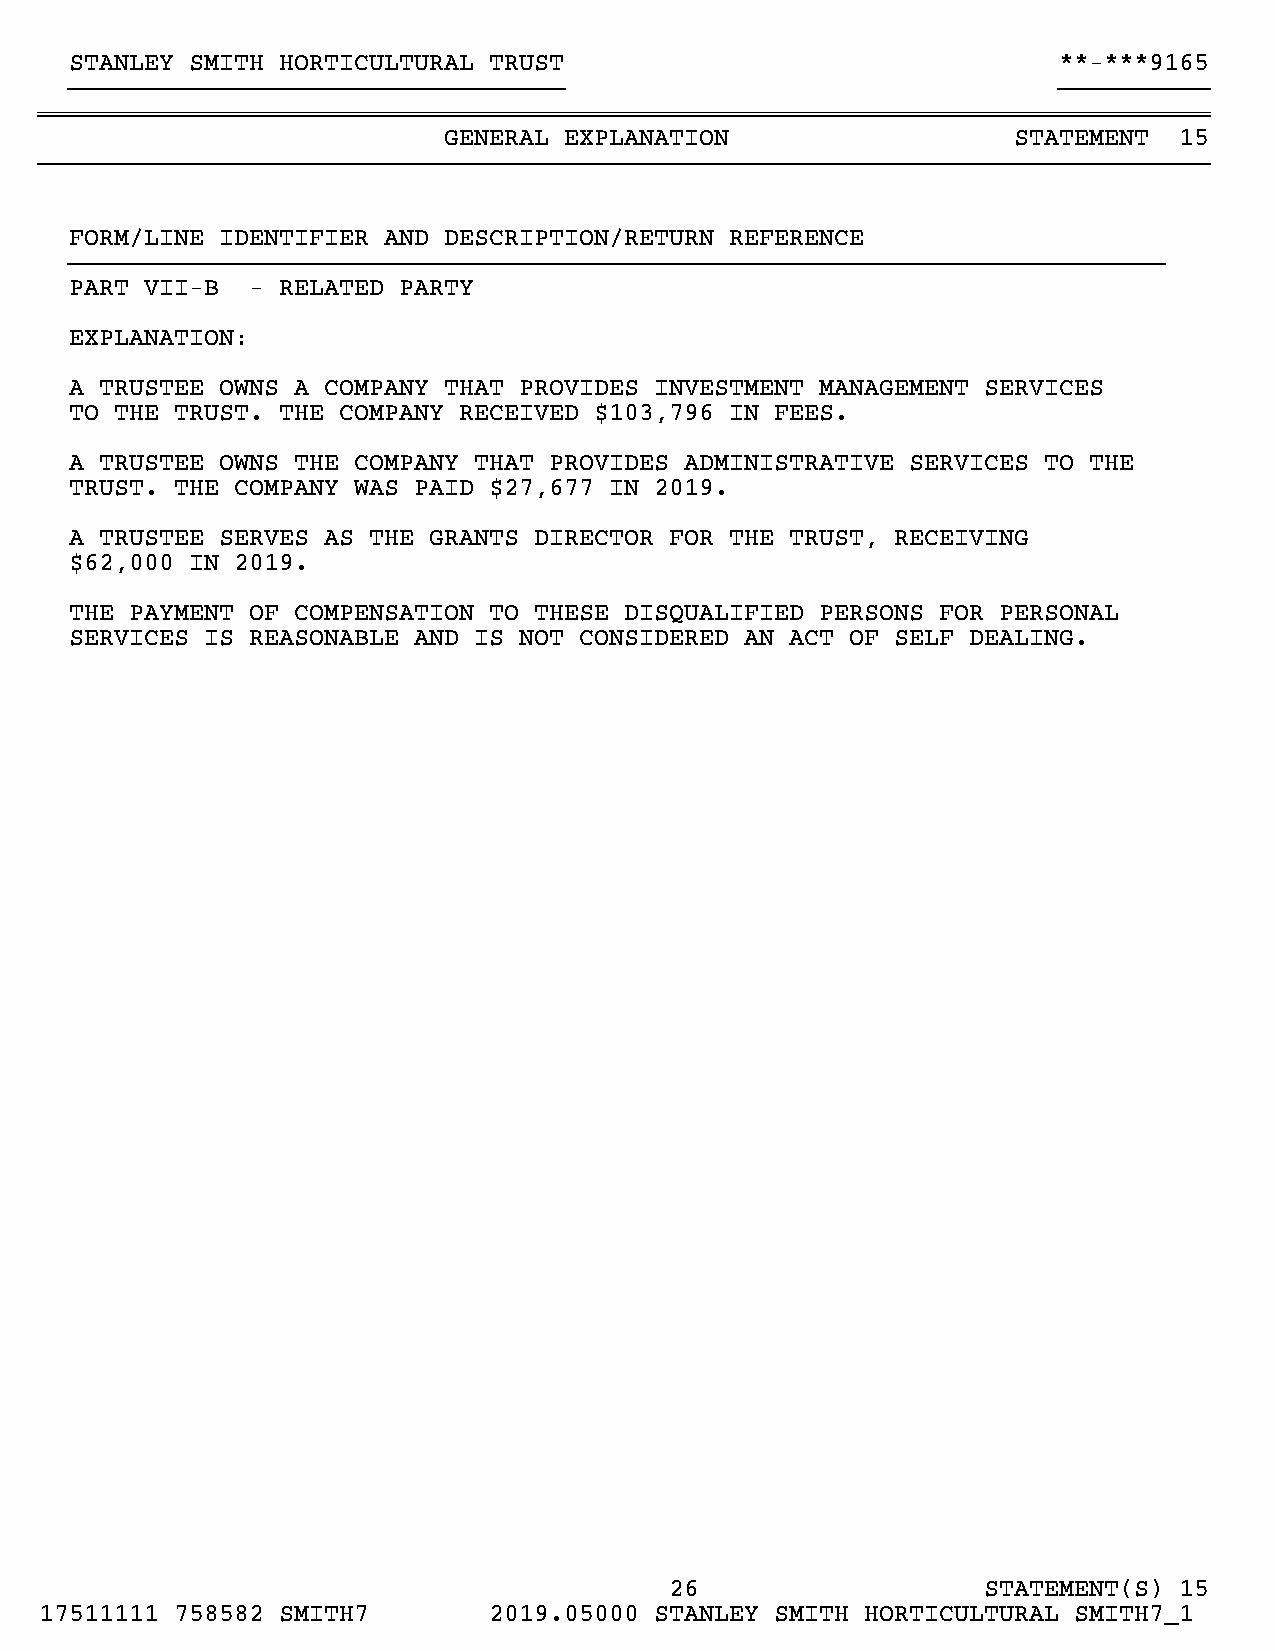
STANLEY SMITH HORTICULTURAL TRUST                                **-***9165
 }}}}}}}}}}}}}}}}}}}}}}}}}}}}}}}}}                                }}}}}}}}}}
 ~~~~~~~~~~~~~~~~~~~~~~~~~~~~~~~~~~~~~~~~~~~~~~~~~~~~~~~~~~~~~~~~~~~~~~~~~~~~~~
 GENERAL EXPLANATION                   STATEMENT  15
 }}}}}}}}}}}}}}}}}}}}}}}}}}}}}}}}}}}}}}}}}}}}}}}}}}}}}}}}}}}}}}}}}}}}}}}}}}}}}}
 FORM/LINE IDENTIFIER AND DESCRIPTION/RETURN REFERENCE
 }}}}}}}}}}}}}}}}}}}}}}}}}}}}}}}}}}}}}}}}}}}}}}}}}}}}}}}}}}}}}}}}}}}}}}}}}
 PART VII-B - RELATED PARTY
 EXPLANATION:
 A TRUSTEE OWNS A COMPANY THAT PROVIDES INVESTMENT MANAGEMENT SERVICES
 TO THE TRUST. THE COMPANY RECEIVED $103,796 IN FEES.
 A TRUSTEE OWNS THE COMPANY THAT PROVIDES ADMINISTRATIVE SERVICES TO THE
 TRUST. THE COMPANY WAS PAID $27,677 IN 2019.
 A TRUSTEE SERVES AS THE GRANTS DIRECTOR FOR THE TRUST, RECEIVING
 $62,000 IN 2019.
 THE PAYMENT OF COMPENSATION TO THESE DISQUALIFIED PERSONS FOR PERSONAL
 SERVICES IS REASONABLE AND IS NOT CONSIDERED AN ACT OF SELF DEALING.
 26                   STATEMENT(S) 15
 17511111 758582 SMITH7       2019.05000 STANLEY SMITH HORTICULTURAL SMITH7_1